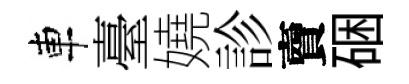
車臺嬈診𧶠硱